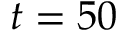
t = 5 0